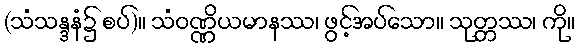
(သံသန္ဒနံ၌ စပ်)။ သံဝဏ္ဏိယမာနဿ၊ ဖွင့်အပ်သော။ သုတ္တဿ၊ ကို။